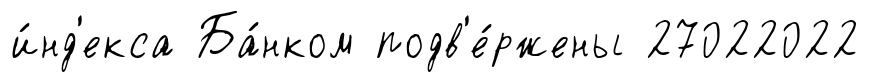
и́нд'екса Ба́нком подв'е́ржены 27022022